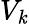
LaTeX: V_{\mathit{k}}